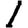
Digit: 1